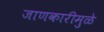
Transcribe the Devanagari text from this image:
जाणकारीमुळे